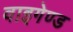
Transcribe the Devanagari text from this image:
वाइगेण्ड